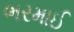
ભરમાઈ